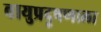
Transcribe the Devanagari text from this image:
वायुप्रदूषणाला